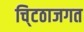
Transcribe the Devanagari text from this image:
चि्टठाजगत